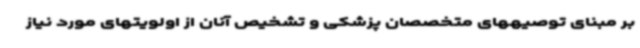
بر مبنای توصیههای متخصصان پزشکی و تشخیص آنان از اولویتهای مورد نیاز